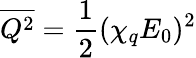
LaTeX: \overline{{Q^{2}}}=\frac{1}{2}(\chi_{q}E_{0})^{2}